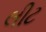
લીટ